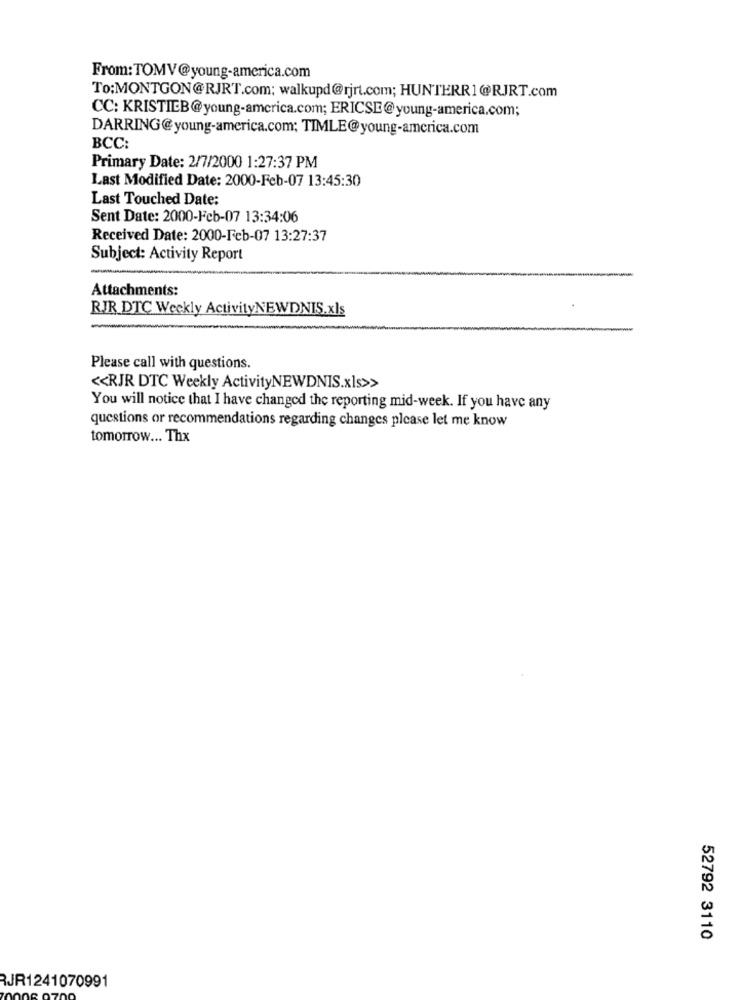
From:TOMV@young-america.com
To:MONTGON@RJRT.com; walkupd@rjrt.com; HUNTERR1@RJRT.com
CC: KRISTIEB@young-america.com; ERICSE@young-america.com;
DARRING@young-america.com; TIMLE@young-america.com
BCC:
Primary Date: 2/7/2000 1:27:37 PM
Last Modified Date: 2000-Feb-07 13:45:30
Last Touched Date:
Sent Date: 2000-Feb-07 13:34:06
Received Date: 2000-Feb-07 13:27:37
Subject: Activity Report
Attachments:
RJR DTC Weekly ActivityNEWDNIS.xls
Please call with questions.
<< RJR DTC Weekly ActivityNEWDNIS.xls>>
You will notice that I have changed the reporting mid-week. If you have any
questions or recommendations regarding changes please let me know
tomorrow ... Thx
52792 3110
RJR1241070991